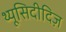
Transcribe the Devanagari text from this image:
थ्यूसिदीदिज़